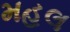
મહલ